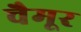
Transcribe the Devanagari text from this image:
चैमूर